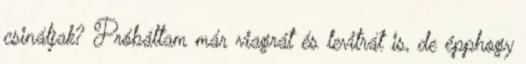
csináljak? Próbáltam már viagrát és levitrát is, de épphogy